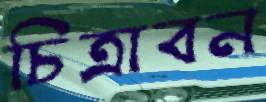
চিত্রাবন